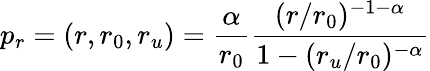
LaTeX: p_{r}=(r,r_{0},r_{u})=\frac{\alpha}{r_{0}}\frac{(r/r_{0})^{-1-\alpha}}{1-(r_{u}/r_{0})^{-\alpha}}